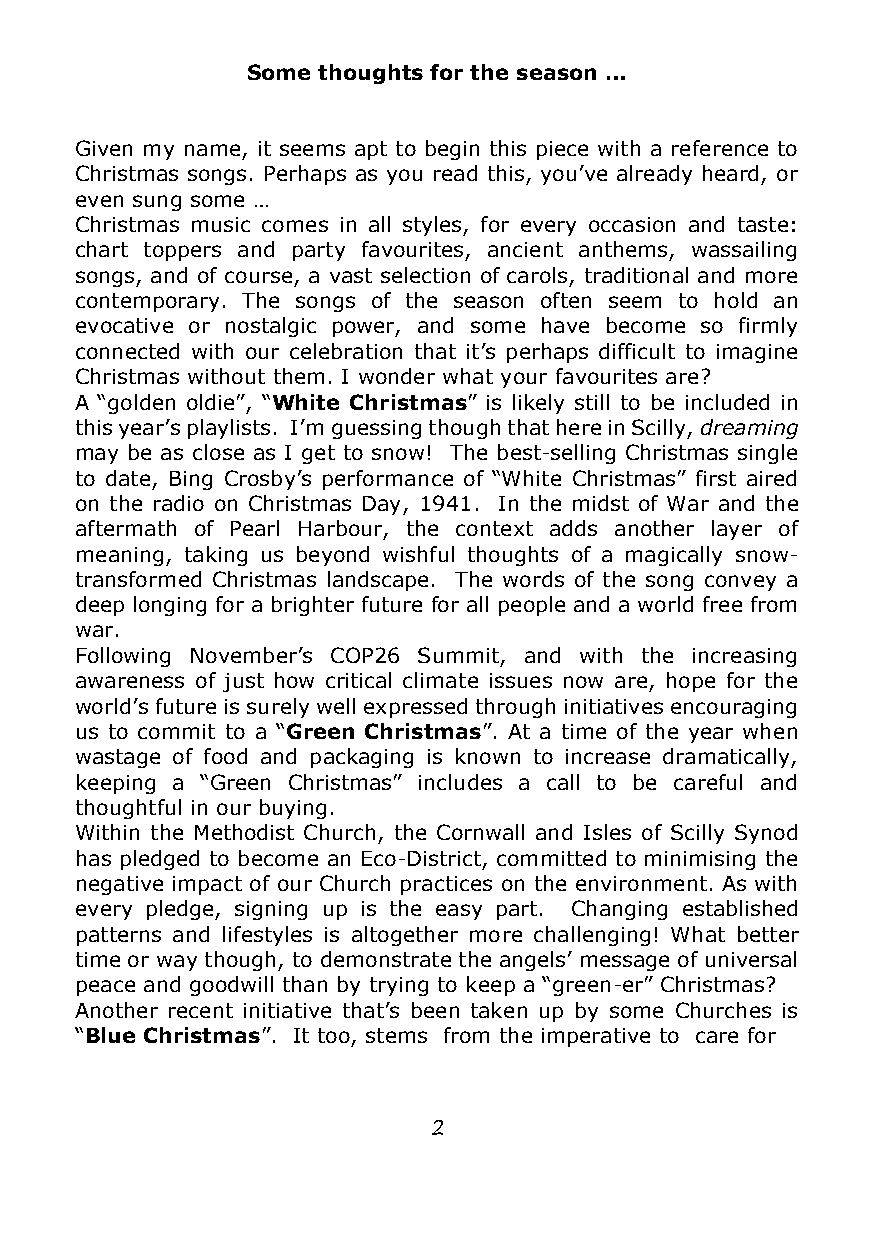
Some thoughts for the season …
 Given my name, it seems apt to begin this piece with a reference to
 Christmas songs. Perhaps as you read this, you’ve already heard, or
 even sung some …
 Christmas music comes in all styles, for every occasion and taste:
 chart toppers and party favourites, ancient anthems, wassailing
 songs, and of course, a vast selection of carols, traditional and more
 contemporary. The songs of the season often seem to hold an
 evocative or nostalgic power, and some have become so firmly
 connected with our celebration that it’s perhaps difficult to imagine
 Christmas without them. I wonder what your favourites are?
 A “golden oldie”, “White Christmas” is likely still to be included in
 this year’s playlists. I’m guessing though that here in Scilly, dreaming
 may be as close as I get to snow! The best-selling Christmas single
 to date, Bing Crosby’s performance of “White Christmas” first aired
 on the radio on Christmas Day, 1941. In the midst of War and the
 aftermath of Pearl Harbour, the context adds another layer of
 meaning, taking us beyond wishful thoughts of a magically snow-
 transformed Christmas landscape. The words of the song convey a
 deep longing for a brighter future for all people and a world free from
 war.
 Following November’s COP26 Summit, and with the increasing
 awareness of just how critical climate issues now are, hope for the
 world’s future is surely well expressed through initiatives encouraging
 us to commit to a “Green Christmas”. At a time of the year when
 wastage of food and packaging is known to increase dramatically,
 keeping a “Green Christmas” includes a call to be careful and
 thoughtful in our buying.
 Within the Methodist Church, the Cornwall and Isles of Scilly Synod
 has pledged to become an Eco-District, committed to minimising the
 negative impact of our Church practices on the environment. As with
 every pledge, signing up is the easy part. Changing established
 patterns and lifestyles is altogether more challenging! What better
 time or way though, to demonstrate the angels’ message of universal
 peace and goodwill than by trying to keep a “green-er” Christmas?
 Another recent initiative that’s been taken up by some Churches is
 “Blue Christmas”. It too, stems from the imperative to care for
 2